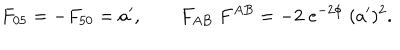
LaTeX: F _ { 0 5 } = - F _ { 5 0 } = a ^ { \prime } , \qquad F _ { A B } \; F ^ { A B } = - 2 \; e ^ { - 2 \phi } \; ( a ^ { \prime } ) ^ { 2 } .